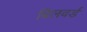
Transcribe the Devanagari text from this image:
बिलवर्ड